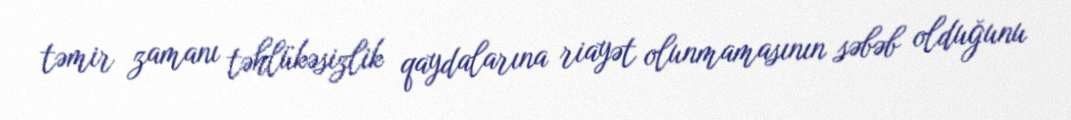
təmir zamanı təhlükəsizlik qaydalarına riayət olunmamasının səbəb olduğunu